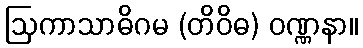
ဩကာသာဓိဂမ (တိဝိဓ) ဝဏ္ဏနာ။